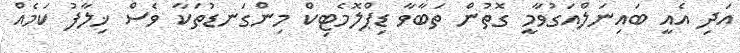
އަދި އެއީ ބައިނަލްއަގުވާމީ ގޮތުން ތަބާވާ ޑިޕްލޮމެޓިކް މިންގަނޑުތަކާ ވެސް ޚިލާފު ކަމެއް